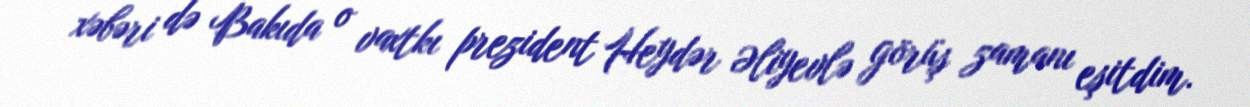
xəbəri də Bakıda o vaxtkı prezident Heydər Əliyevlə görüş zamanı eşitdim.